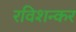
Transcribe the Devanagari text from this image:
रविशन्कर